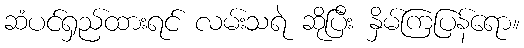
ဆံပင်ရှည်ထားရင် လမ်းသရဲ ဆိုပြီး နှိမ်ကြပြန်ရော။